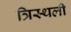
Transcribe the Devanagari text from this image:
त्रिस्थली